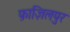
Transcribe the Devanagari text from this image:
फ़ाज़िलपुर